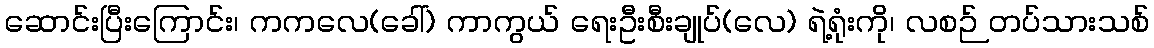
ဆောင်းပြီးကြောင်း၊ ကကလေ(ခေါ်) ကာကွယ် ရေးဦးစီးချုပ်(လေ) ရဲ့ရုံးကို၊ လစဉ် တပ်သားသစ်